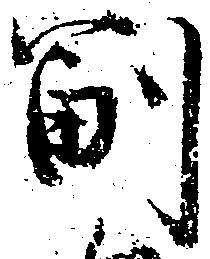
副